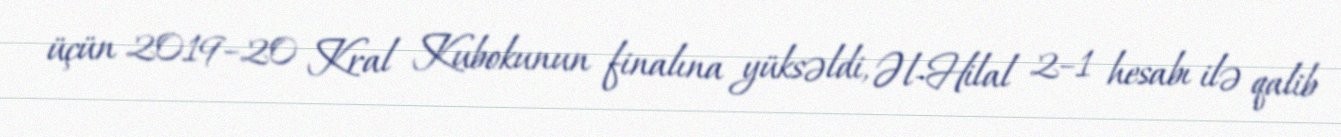
üçün 2019–20 Kral Kubokunun finalına yüksəldi, Əl-Hilal 2–1 hesabı ilə qalib